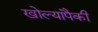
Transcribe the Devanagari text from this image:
खोल्यांपैकी